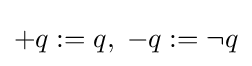
+q:=q,\;-q:=\neg q